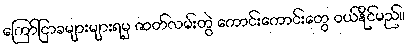
ကြော်ငြာခများများရမှ ဇာတ်လမ်းတွဲ ကောင်းကောင်းတွေ ဝယ်နိုင်မည်။